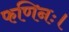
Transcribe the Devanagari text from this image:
फणिनः।